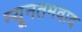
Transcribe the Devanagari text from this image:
न्यूनतमवाद